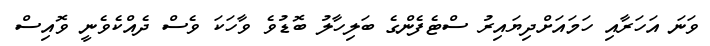
ވަނަ އަހަރާއި ހަމައަށްދިޔައިރު ސްޓެފެންގެ ބަލިހާލު ބޮޑުވެ ވާހަކަ ވެސް ދެއްކެވެނީ ވޮއިސް